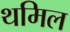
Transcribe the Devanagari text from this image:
थमिल